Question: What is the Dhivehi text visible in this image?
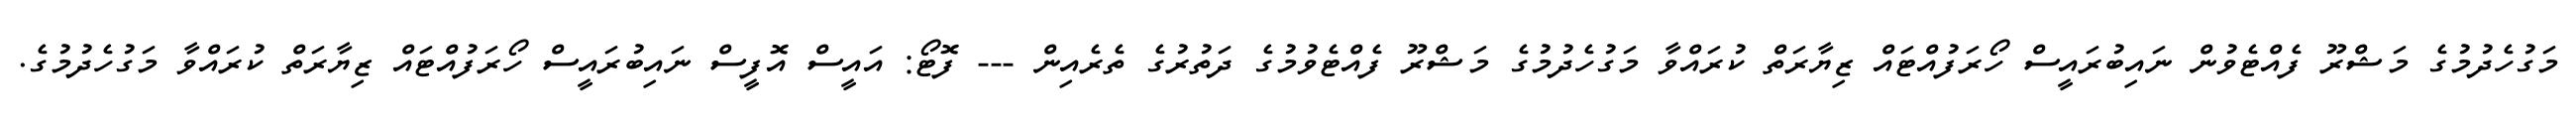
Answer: މަގުހެދުމުގެ މަޝްރޫ ފެއްޓެވުން ނައިބުރައީސް ހޯރަފުއްޓައް ޒިޔާރަތް ކުރައްވާ މަގުހެދުމުގެ މަޝްރޫ ފެއްޓެވުމުގެ ދަތުރުގެ ތެރެއިން --- ފޮޓޯ: އައީސް އޮފީސް ނައިބުރައީސް ހޯރަފުއްޓައް ޒިޔާރަތް ކުރައްވާ މަގުހެދުމުގެ.